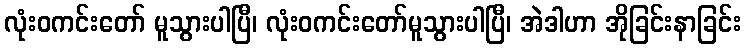
လုံးဝကင်းတော် မူသွားပါပြီ၊ လုံးဝကင်းတော်မူသွားပါပြီ၊ အဲဒါဟာ အိုခြင်းနာခြင်း